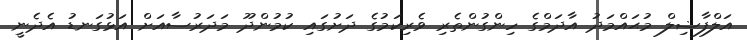
އަލްފާޟިލް މުޙައްމަދު އާދަމްގެ ހިންގުންތެރި ވެރިކަމުގެ ދަށުގައި ކުމުންދޫ މަދަރުސާއަށް އަޅުގަނޑު އެދެނީ